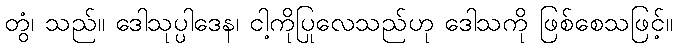
တွံ၊ သည်။ ဒေါသုပ္ပါဒေန၊ ငါ့ကိုပြုလေသည်ဟု ဒေါသကို ဖြစ်စေသဖြင့်။